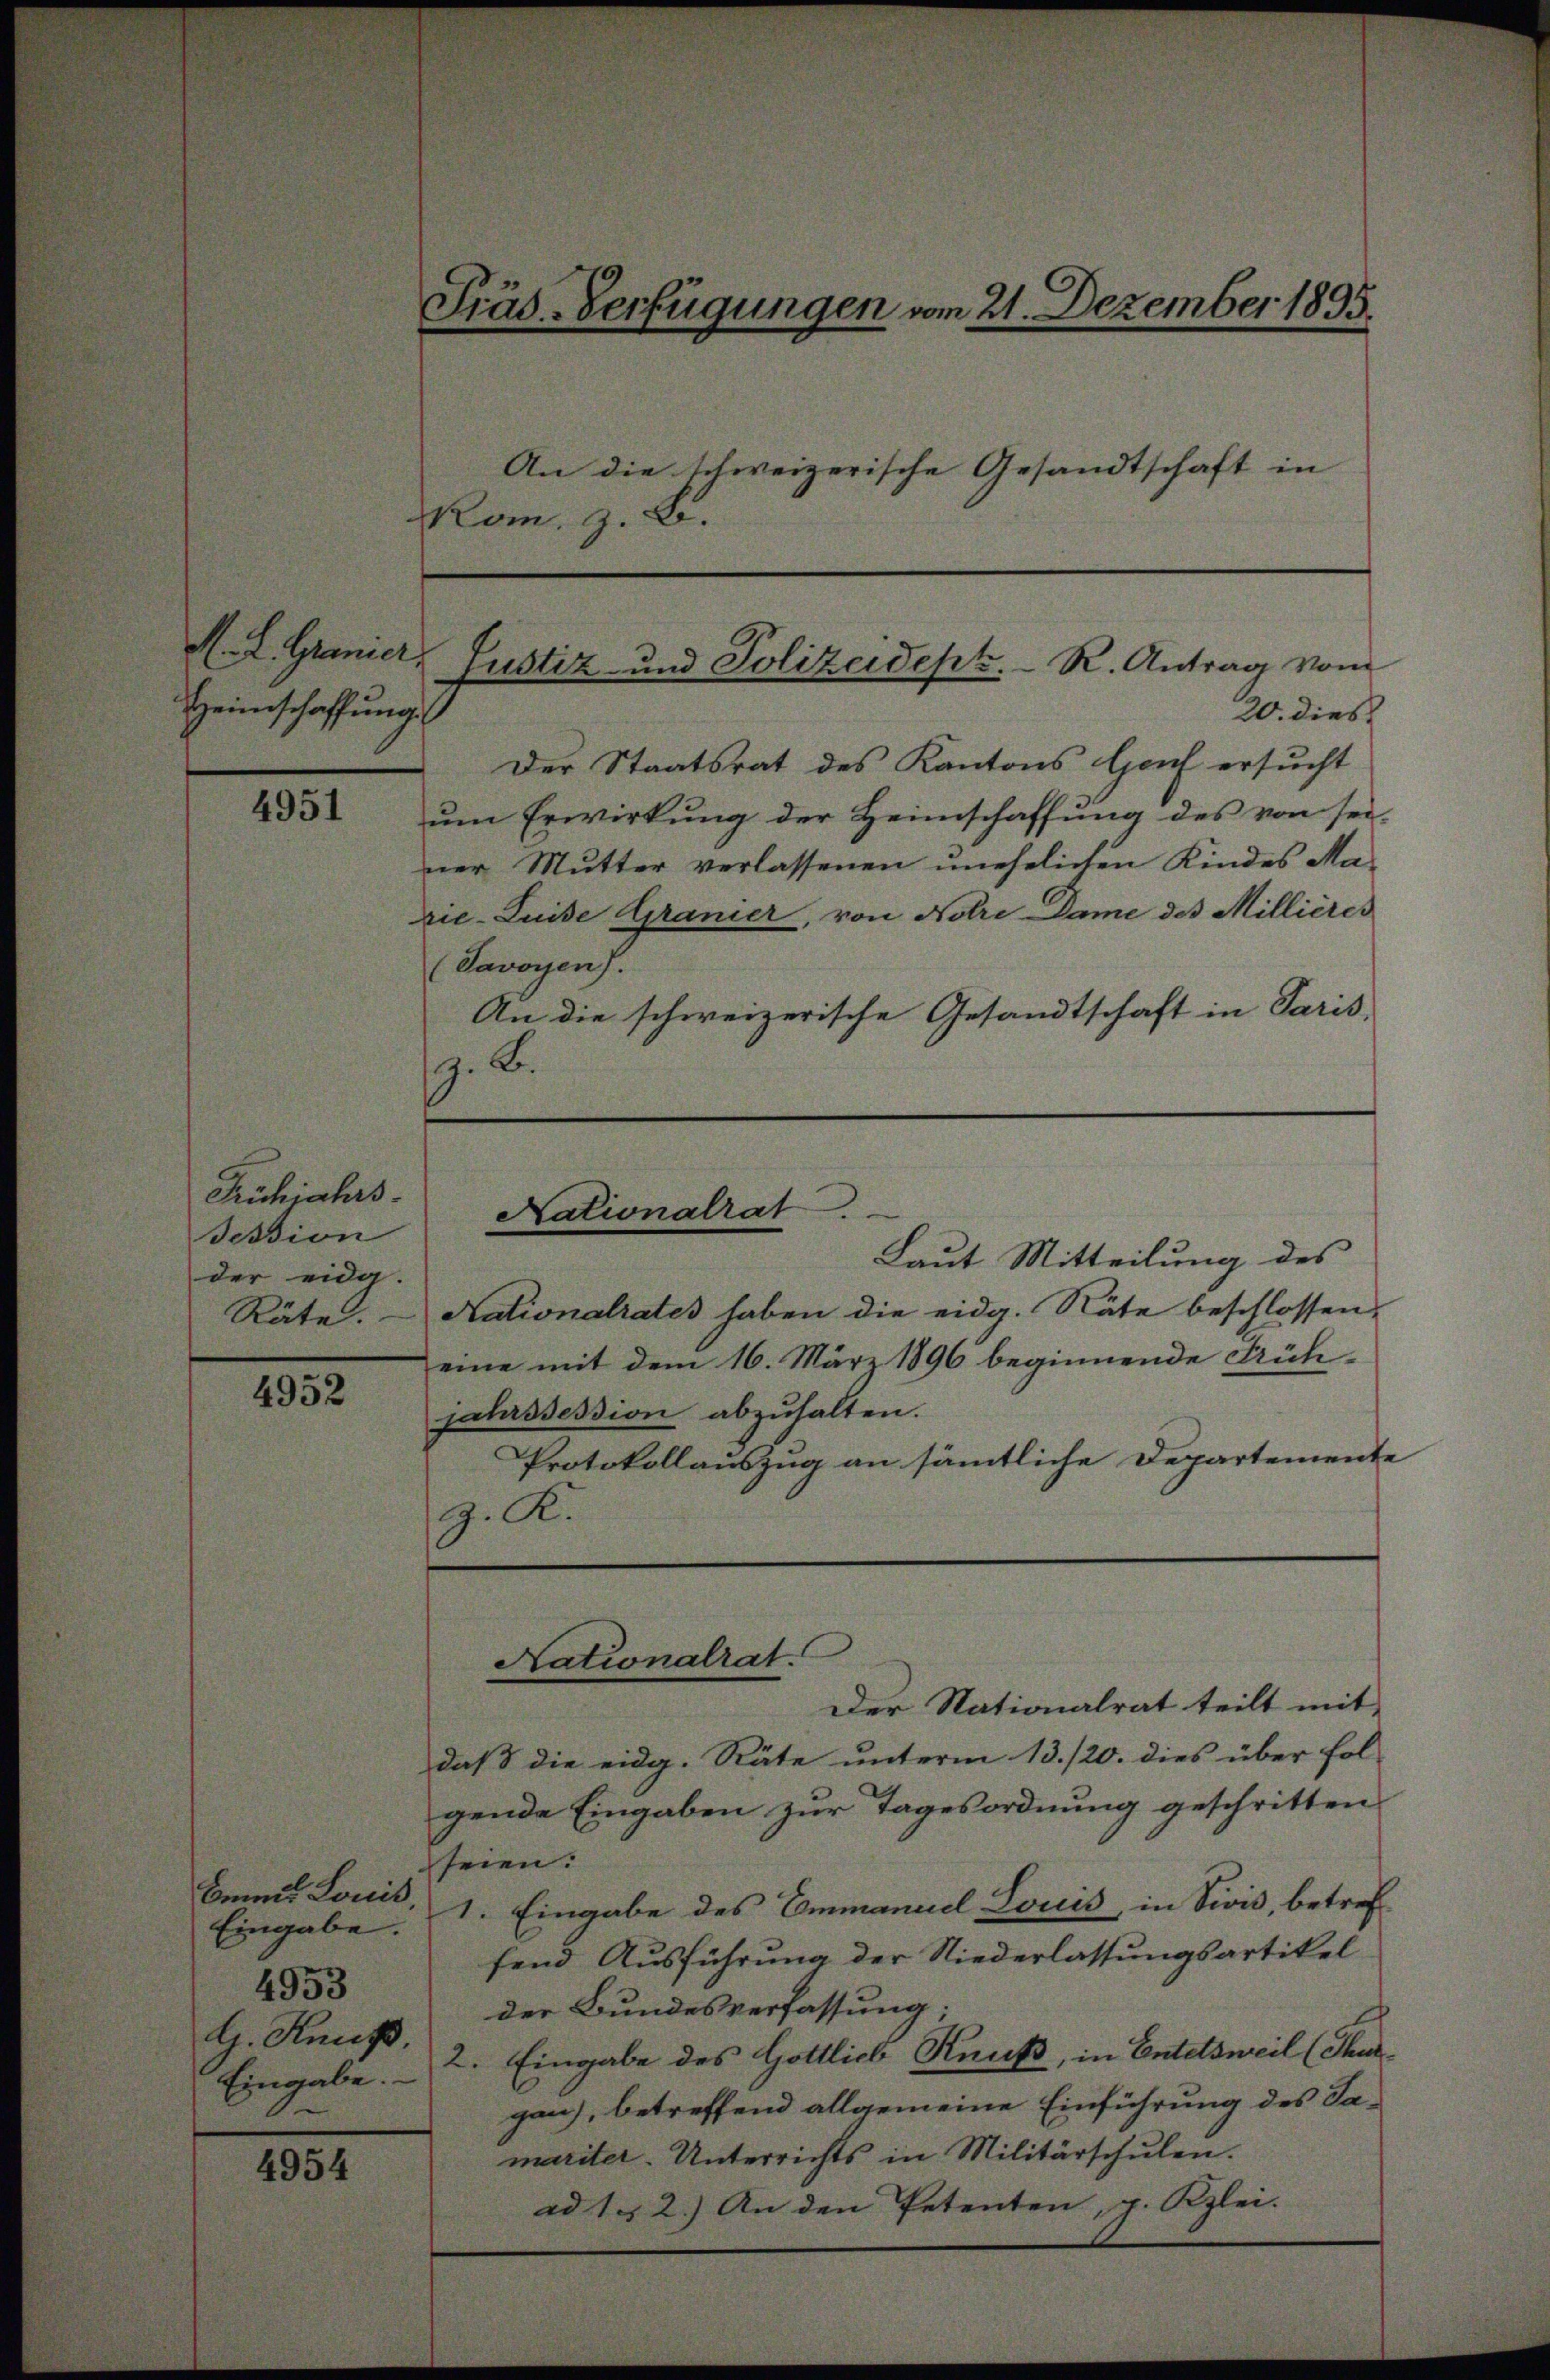
Heimschaffung

4951

Frühjahrs
Session
der eida.
Räte.

4952

Bemit Louis
Eingabe.
4953
G. Knus.
n

4954

Präs-Verfügungen vom 21. Dezember 1895.
An die schweizerische Gesandtschaft in
Kom. z. B.

20. dies
Der Staatsrat des Kantons Hof ersucht
um Erwirkung der Heimschaffung des von sei-
ner Mutter verlassenen unehelichen Kindes Ma-
vie-Suise Granier, von Notre Dame des Millières
Savoyen.
An die schweizerische Gesandtschaft in Paris
.B.

Nationalrates haben die eidg. Räte beschlossen,
eine mit dem 16. März 1896 beginnende Frühjahrssession abzuhalten.
Protokollauszug an sämmtliche Departemente
g. R.

M. L. Granier, Justiz- und Polizeidept. R. Antrag vom

Nationalrat
Laut Mitteilung des

Nationalrat.
Der Nationalrat teilt mit

daß die eidg. Räte unterm 13./20. dies über fol-
gende Eingaben zur Tagesordnung geschritten
seien.
1. Eingabe des Emmanuel Louis, in Vivis, betreffend Ausführung der Niederlassungsartikel
der Bundesverfassung.
Eingabe. - 2. Eingabe des Gottlich Reuß, in Entersweil (Thurgan), betreffend allgemeine Einführung des Samariter-Unterrichts in Militärschŭlen.
ad 1. 2.) An den Petenten, p. Kzlei.